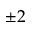
\pm { 2 }